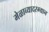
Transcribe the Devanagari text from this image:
मेळाव्यादरम्यान